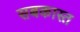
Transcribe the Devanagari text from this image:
सबकास्त